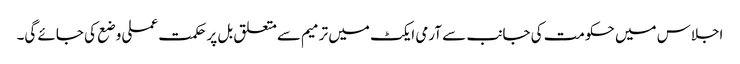
اجلاس میں حکومت کی جانب سے آرمی ایکٹ میں ترمیم سےمتعلق بل پرحکمت عملی وضع کی جائے گی۔